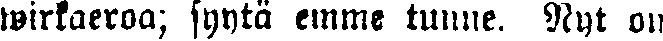
wirkaeroa; syytä emme tunne. Nyt on